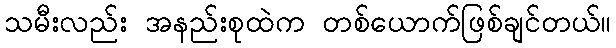
သမီးလည်း အနည်းစုထဲက တစ်ယောက်ဖြစ်ချင်တယ်။